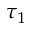
\tau _ { 1 }